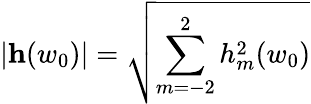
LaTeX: |{\mathbf h}(w_{0})|=\sqrt{\sum_{m=-2}^{2}h_{m}^{2}(w_{0})}